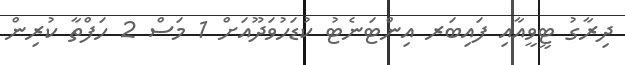
ދިރާގު ޓީވީއާއި ފައިބަރ އިންޓަނެޓު ކުޑަހުވަދޫއަށް 1 މަސް 2 ހަފްތާ ކުރިން